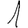
Digit: 1